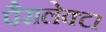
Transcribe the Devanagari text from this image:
पैरालेक्टा